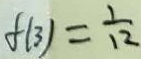
f ( 3 ) = \frac { 1 } { 1 2 }